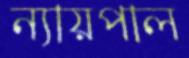
ন্যায়পাল